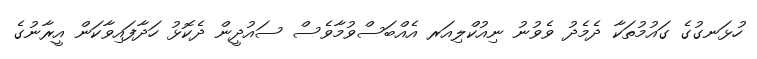
ހުޅަނގުގެ ގައުމުތަކާ ދެމެދު ވެވުނު ނިއުކްލިއަރ އެއްބަސްވުމާވެސް ސައުދީން ދެކޮޅު ހަދާފައިވާކަން އީރާނުގެ